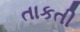
તાકતી